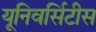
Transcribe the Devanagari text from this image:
यूनिवर्सिटीस